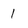
Character: 1